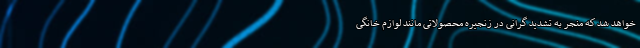
خواهد شد که منجر به تشدید گرانی در زنجیره محصولاتی مانند لوازم خانگی